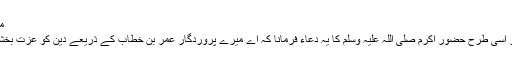
مسلم )
٭ اور اسی طرح حضور اکرم صلی اللہ علیہ وسلم کا یہ دعاء فرمانا کہ اے میرے پروردگار عمر بن خطاب کے ذریعے دین کو عزت بخشئے ۔